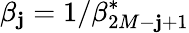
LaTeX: \beta_{\mathbf{j}}=1/\beta_{2M-\mathbf{j}+1}^{\ast}